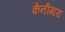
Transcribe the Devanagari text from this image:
केनीमारा